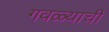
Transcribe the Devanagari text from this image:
गवळ्याची